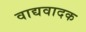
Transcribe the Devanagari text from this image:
वाद्यवादक